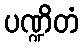
ပဏ္ဍိတံ